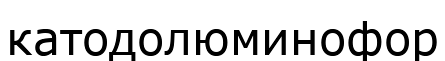
катодолюминофор